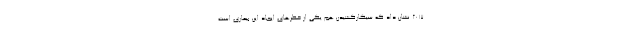
2017 نشان داد که سیگارکشیدن هم یکی از خطرهای ایجاد این بیماری است.